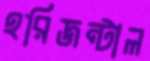
হরিজন্টাল